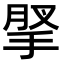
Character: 𢮗